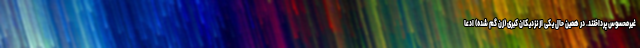
غیرمحسوس پرداختند. در همین حال یکی از نزدیکان کبری (زن گم شده) ادعا